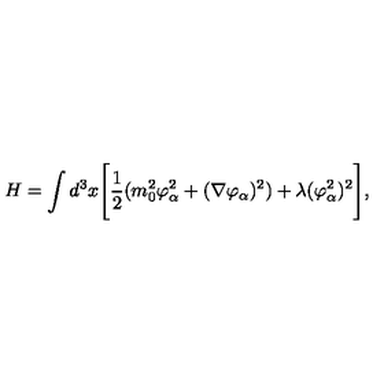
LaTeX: H = \int d ^ { 3 } x \Biggl [ { \frac { 1 } { 2 } } ( m _ { 0 } ^ { 2 } \varphi _ { \alpha } ^ { 2 } + ( \nabla \varphi _ { \alpha } ) ^ { 2 } ) + \lambda ( \varphi _ { \alpha } ^ { 2 } ) ^ { 2 } \Biggr ] , \,